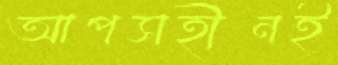
আপসহীনই